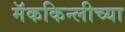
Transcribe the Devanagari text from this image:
मॅककिन्लीच्या